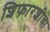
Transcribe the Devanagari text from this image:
शिफारशीचा